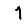
Digit: 1